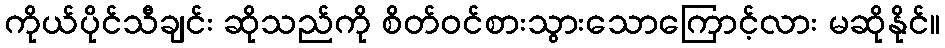
ကိုယ်ပိုင်သီချင်း ဆိုသည်ကို စိတ်ဝင်စားသွားသောကြောင့်လား မဆိုနိုင်။